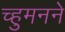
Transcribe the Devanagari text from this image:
च्हुमनने